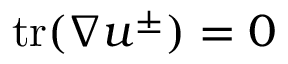
\mathrm { t r } ( \nabla u ^ { \pm } ) = 0